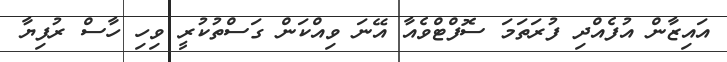
އައިޒާން އުފެއްދި ފުރަތަމަ ސޮފްޓްވެއާ އޭނަ ވިއްކަން ގަސްތުކުރީ ވިހި ހާސް ރުފިޔާ